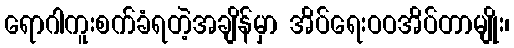
ရောဂါကူးစက်ခံရတဲ့အချိန်မှာ အိပ်ရေးဝဝအိပ်တာမျိုး၊